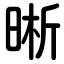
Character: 晰